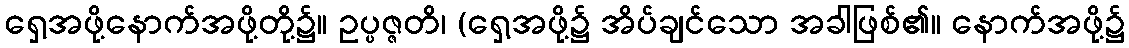
ရှေ့အဖို့နောက်အဖို့တို့၌။ ဥပ္ပဇ္ဇတိ၊ (ရှေ့အဖို့၌ အိပ်ချင်သော အခါဖြစ်၏။ နောက်အဖို့၌